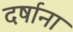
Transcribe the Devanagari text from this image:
दर्षाना